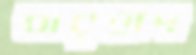
বারহাদ